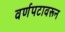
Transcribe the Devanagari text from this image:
वर्णपटावरून